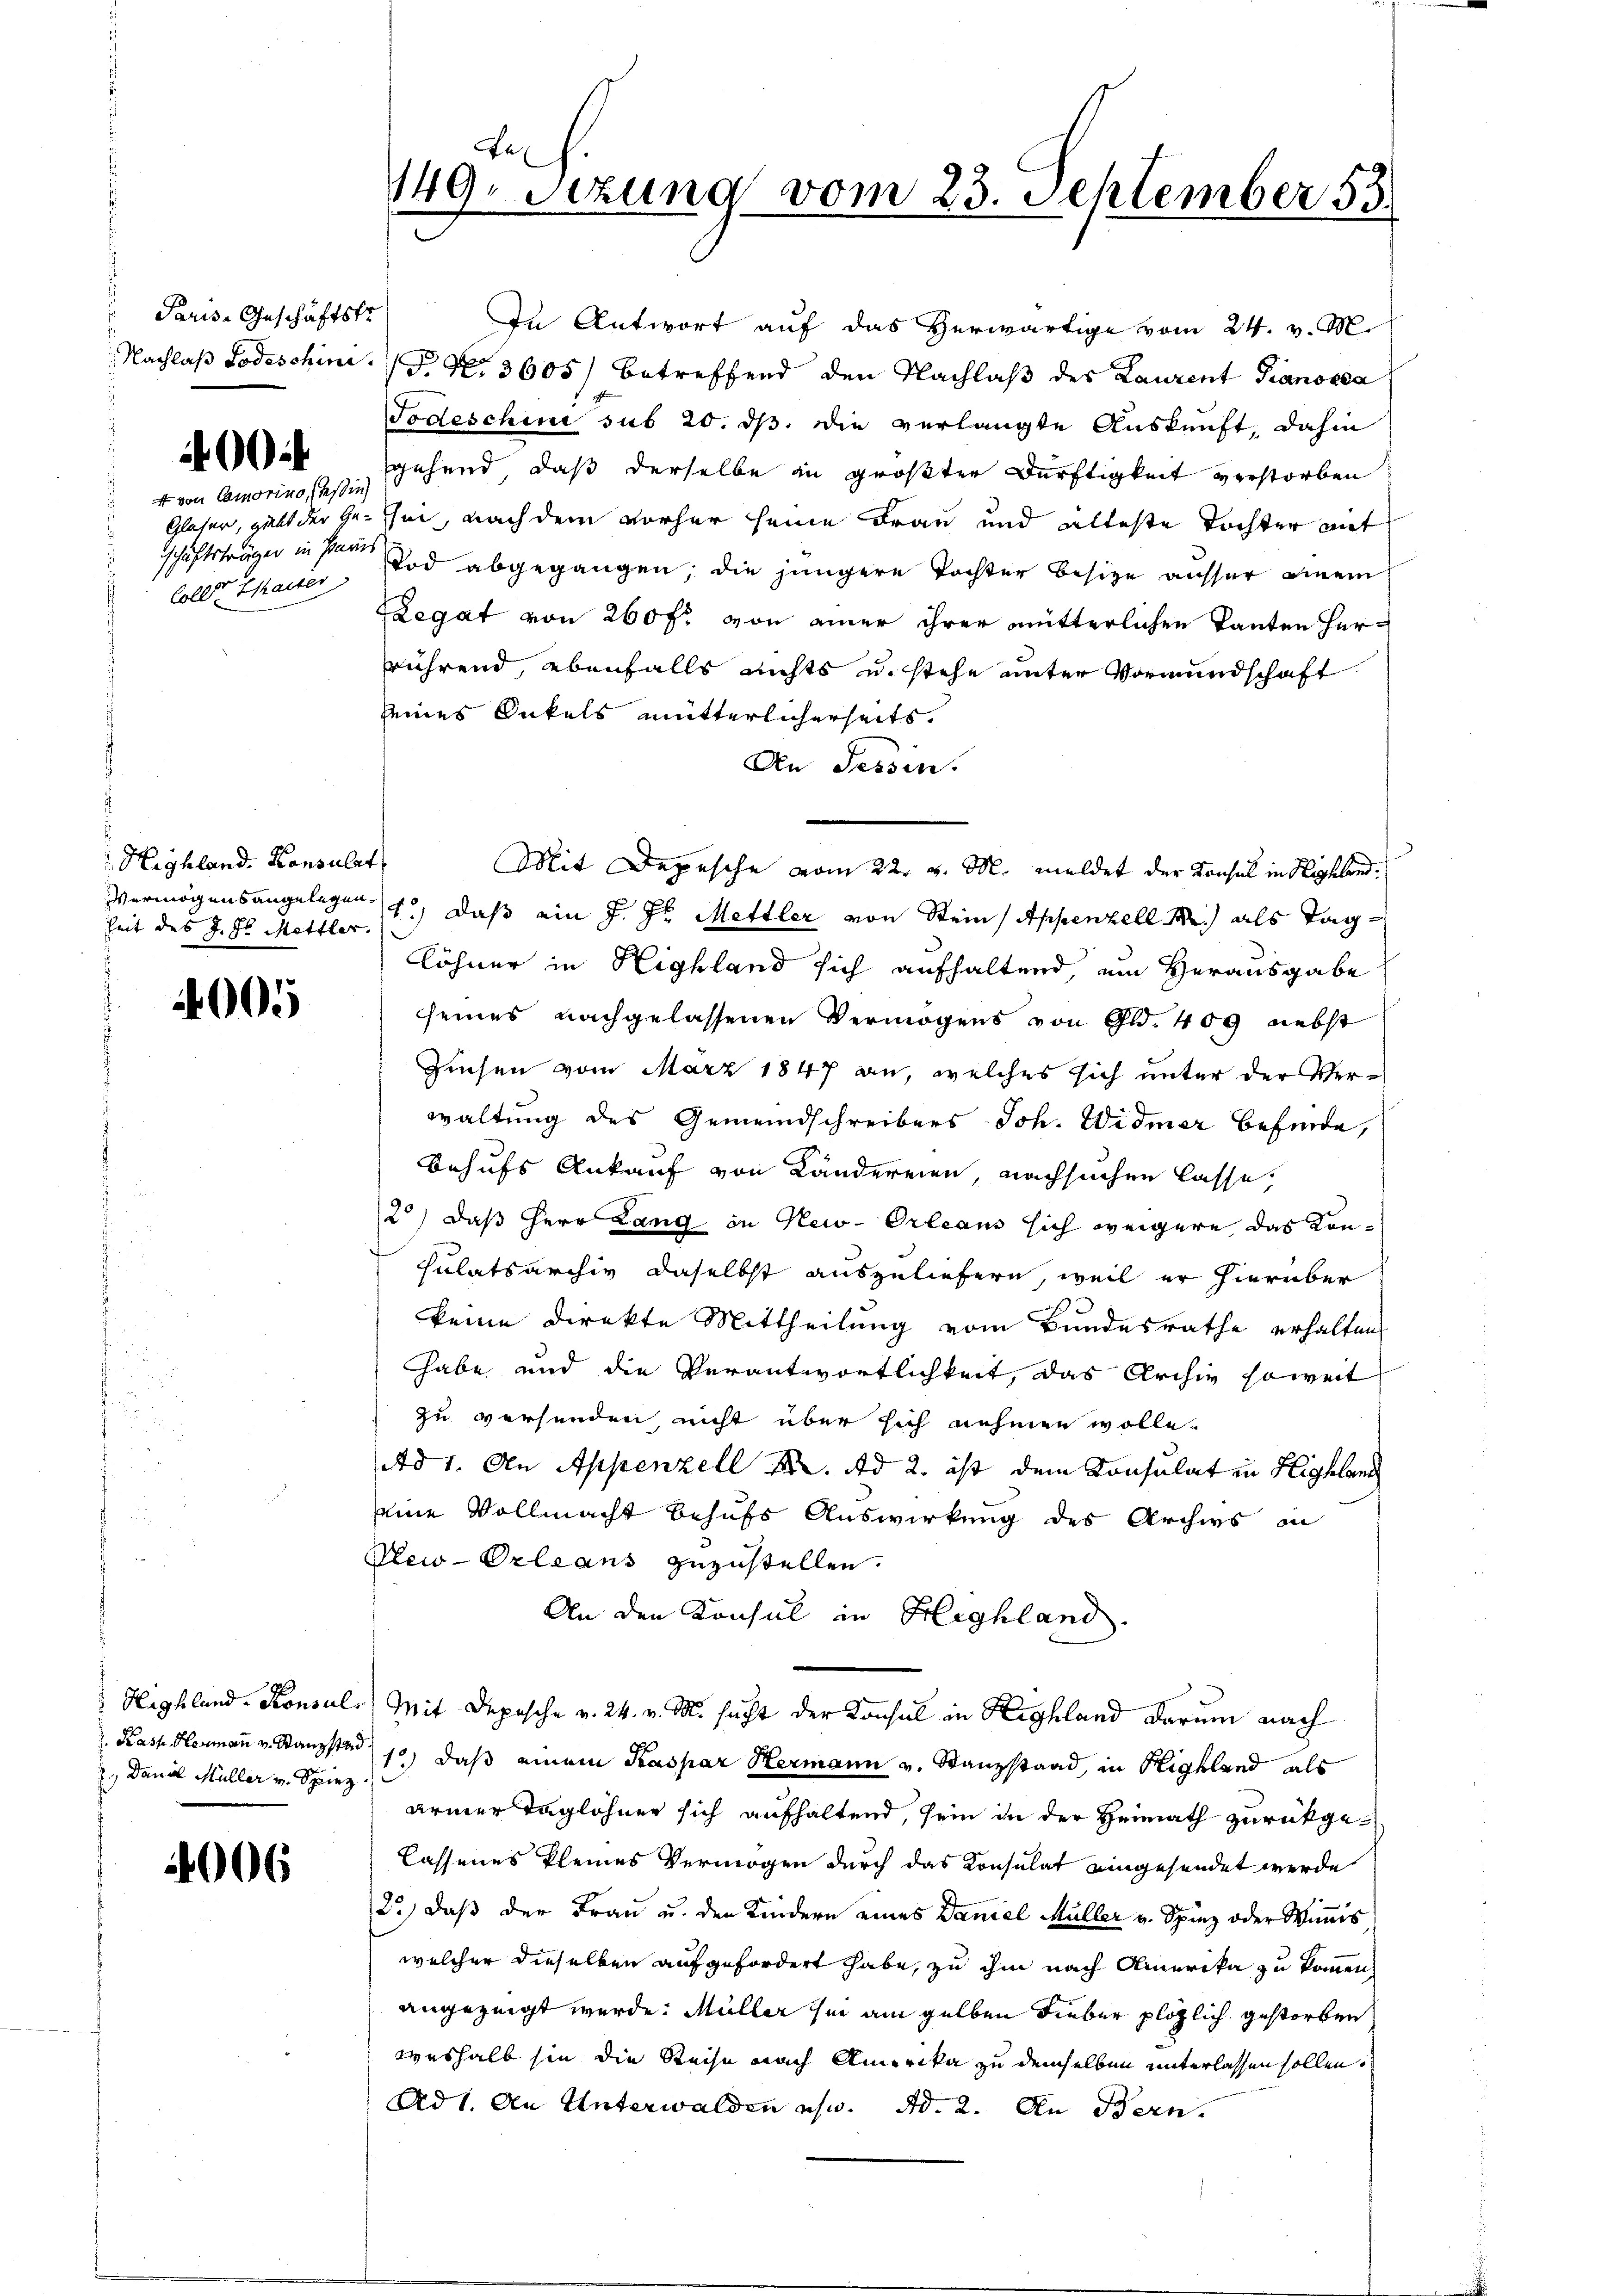
Paris-Geschäftstr
Nachlaß Todeschine.

400

von Comorino, Teßin
Glaser, giebt der Geschäftsträgen in Paris
Coller thaiser

Highland. Konsulat
heit des J. ds Mettler.

005

Highland. Konsul
. Kass Hermann v. Stanzstad
2., Daniel Müller v. Spiez

006

149. Sezung vom 23. September 55

In Antwort auf das Herwärtige vom 24. v. M.
P. Nr. 3605) betreffend den Nachlaß des Laurent Pianossa
Todeschini sub 20. ds. die verlangte Auskunft, dahin
sgehend, daß derselbe in größter Dürftigkeit verstorben
sei, nach dem vorher seine Frau und alleste Tochter auf
Tod abgegangen; die jüngere Tochter besitze ausser einem
ZLegat von 260 f: von einer ihrer mütterlichen Tanten Herrührend, ebenfalls nichts u. stehe unter Vormundschaft
eines Onkels mütterlicherseits.
An Tessin.
Vermögensangelegen, daß ein J. J. Mettler von Stein Appenzell M.) als Tag
löhner in Highland sich aufhaltend, um Herausgabe
seines nachgelassenen Vermögens von Gld. 409 nebst
Zinsen vom März 1847 an, welches sich unter der Verwaltung des Gemeindschreibers Joh. Widmer befinde,
Behufs Ankauf von Ländereien, nachsuchen lasse,
2) daß Herr Lang in New-Orleans sich weigere das Konsulatsarchiv daselbst auszuliefern, weil er hierüber
keine Direkte Mittheilung vom Bundesrathe erhalten,
habe und die Verantwortlichkeit, das Archiv soweit
zu versenden, nicht über sich nehmen wolle.
Ad 1. An Appenzell A. Ad 2. ist dem Konsulat in Highland
eine Vollmacht behufs Auswirkung des Archivs in
Vew-Orleans zuzustellen.
An den Konsul in Highland.
Mit Depesche v. 24. v. M. sucht der Konsul in Highland darum nach
1) daß einem Kaspar Hermann v. Stanzstand, in Highland als
armer Taglöhner sich aufhaltend, sein in der Heimath zurückgelassenes kleines Vermögen durch das Konsulat eingesendet werde
23) daß der Frau u. den Kindern eines Daniel Müller v. Spinz oder Winis
welcher dieselben aufgefordert habe, zu ihm nach Amerika zu kommen,
angezeigt werde. Müller sie am gelben Lieber plözlich gestorben
weshalb sie die Reise nach Amerika zu demselben unterlassen sollen.
Ad 1. An Unterwalden usw. d. 2. An Bern.

Mit Depesche vom 22. v. M. meldet der Konsul in Highland¬